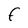
Character: F